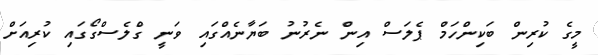
މީގެ ކުރިން ބަކިންހަމް ޕެލަސް އިން ނެރުނު ބަޔާނެއްގައި ވަނީ ގްލެސްގޯގައި ކުރިއަށް